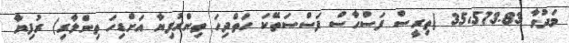
މަދުވާ 35